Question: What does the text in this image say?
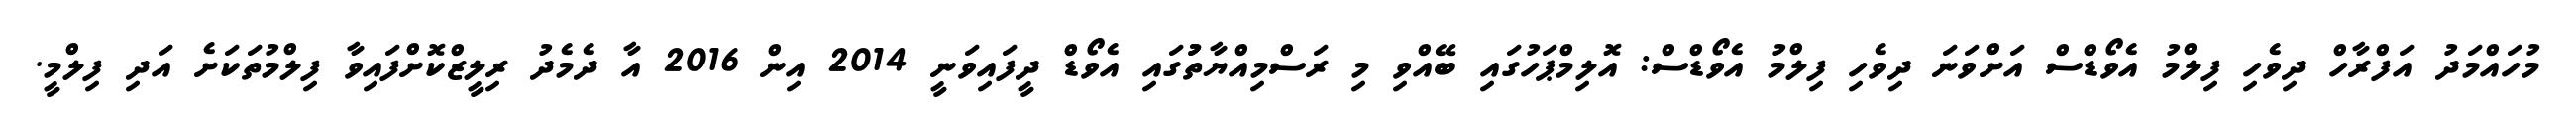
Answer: މުހައްމަދު އަފްރާހް ދިވެހި ފިލްމު އެވޯޑްސް އަށްވަނަ ދިވެހި ފިލްމު އެވޯޑްސް: އޮލިމްޕަހުގައި ބޭއްވި މި ރަސްމިއްޔާތުުގައި އެވޯޑް ދީފައިވަނީ 2014 އިން 2016 އާ ދެމެދު ރިލީޒްކޮށްފައިވާ ފިލްމުތަކަށެ އަދި ފިލްމީ.